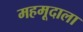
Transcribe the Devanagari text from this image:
महमूदाला